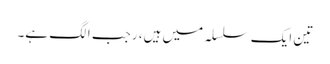
تین ایک سلسلہ میں ہیں، رجب الگ ہے۔